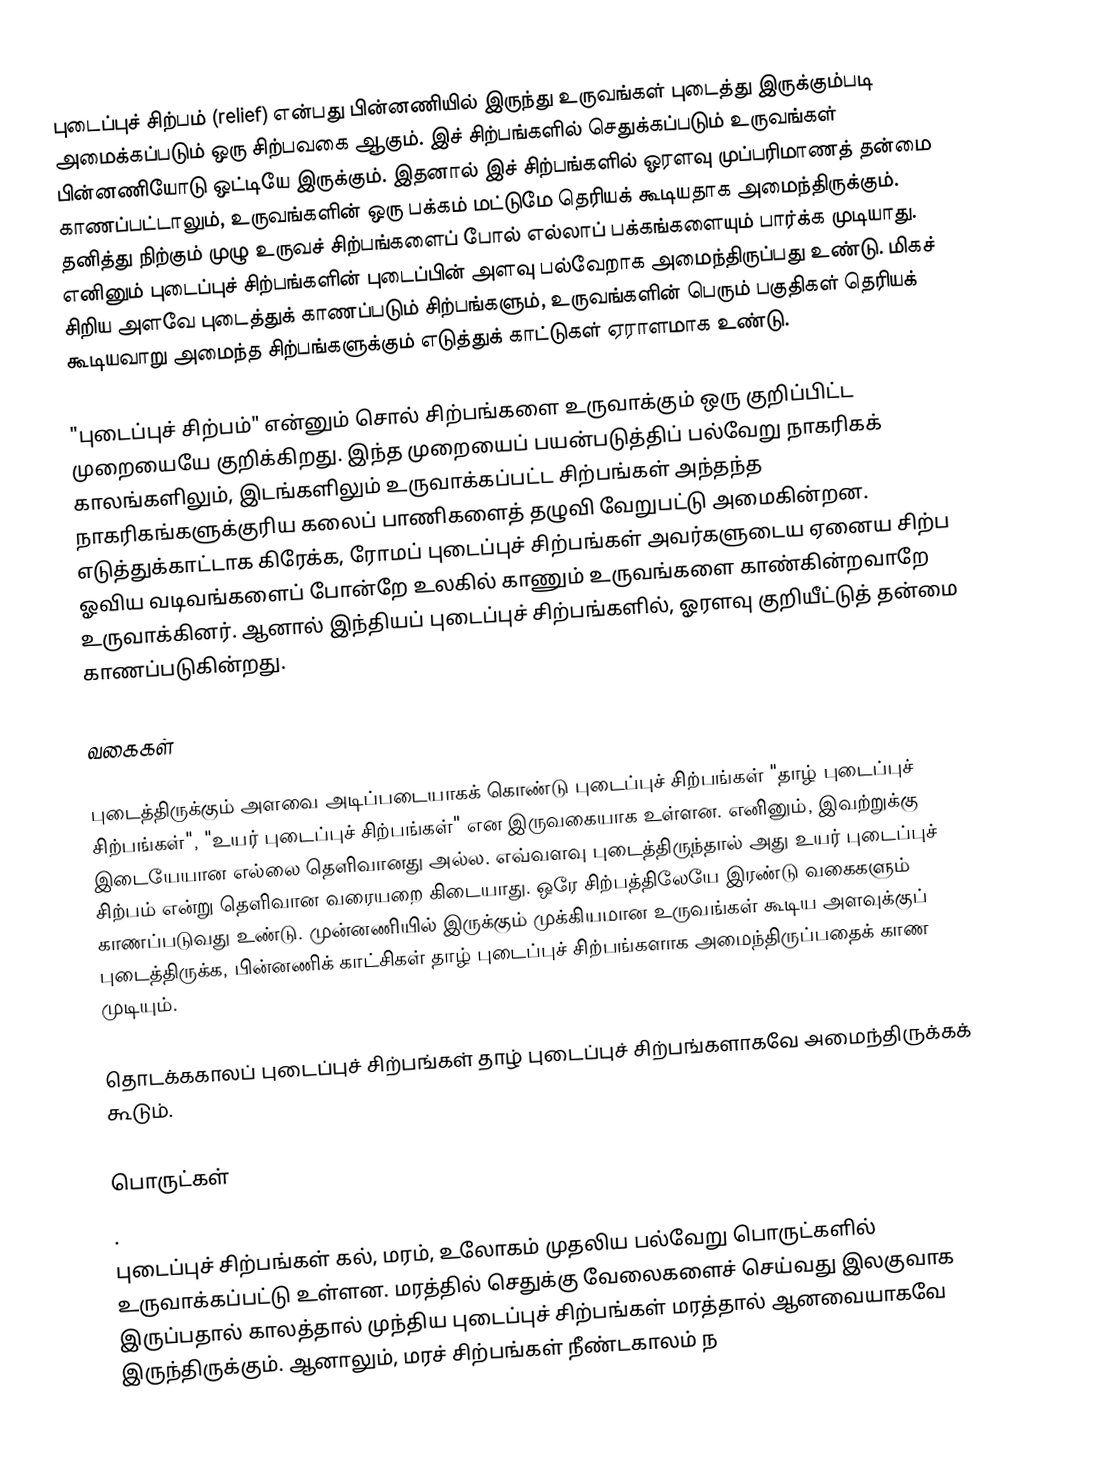
புடைப்புச் சிற்பம் (relief) என்பது பின்னணியில் இருந்து உருவங்கள் புடைத்து இருக்கும்படி அமைக்கப்படும் ஒரு சிற்பவகை ஆகும். இச் சிற்பங்களில் செதுக்கப்படும் உருவங்கள் பின்னணியோடு ஒட்டியே இருக்கும். இதனால் இச் சிற்பங்களில் ஓரளவு முப்பரிமாணத் தன்மை காணப்பட்டாலும், உருவங்களின் ஒரு பக்கம் மட்டுமே தெரியக் கூடியதாக அமைந்திருக்கும். தனித்து நிற்கும் முழு உருவச் சிற்பங்களைப் போல் எல்லாப் பக்கங்களையும் பார்க்க முடியாது. எனினும் புடைப்புச் சிற்பங்களின் புடைப்பின் அளவு பல்வேறாக அமைந்திருப்பது உண்டு. மிகச் சிறிய அளவே புடைத்துக் காணப்படும் சிற்பங்களும், உருவங்களின் பெரும் பகுதிகள் தெரியக் கூடியவாறு அமைந்த சிற்பங்களுக்கும் எடுத்துக் காட்டுகள் ஏராளமாக உண்டு.

"புடைப்புச் சிற்பம்" என்னும் சொல் சிற்பங்களை உருவாக்கும் ஒரு குறிப்பிட்ட முறையையே குறிக்கிறது. இந்த முறையைப் பயன்படுத்திப் பல்வேறு நாகரிகக் காலங்களிலும், இடங்களிலும் உருவாக்கப்பட்ட சிற்பங்கள் அந்தந்த நாகரிகங்களுக்குரிய கலைப் பாணிகளைத் தழுவி வேறுபட்டு அமைகின்றன. எடுத்துக்காட்டாக கிரேக்க, ரோமப் புடைப்புச் சிற்பங்கள் அவர்களுடைய ஏனைய சிற்ப ஓவிய வடிவங்களைப் போன்றே உலகில் காணும் உருவங்களை காண்கின்றவாறே உருவாக்கினர். ஆனால் இந்தியப் புடைப்புச் சிற்பங்களில், ஓரளவு குறியீட்டுத் தன்மை காணப்படுகின்றது.

வகைகள்

புடைத்திருக்கும் அளவை அடிப்படையாகக் கொண்டு புடைப்புச் சிற்பங்கள் "தாழ் புடைப்புச் சிற்பங்கள்", "உயர் புடைப்புச் சிற்பங்கள்" என இருவகையாக உள்ளன. எனினும், இவற்றுக்கு இடையேயான எல்லை தெளிவானது அல்ல. எவ்வளவு புடைத்திருந்தால் அது உயர் புடைப்புச் சிற்பம் என்று தெளிவான வரையறை கிடையாது. ஒரே சிற்பத்திலேயே இரண்டு வகைகளும் காணப்படுவது உண்டு. முன்னணியில் இருக்கும் முக்கியமான உருவங்கள் கூடிய அளவுக்குப் புடைத்திருக்க, பின்னணிக் காட்சிகள் தாழ் புடைப்புச் சிற்பங்களாக அமைந்திருப்பதைக் காண முடியும்.

தொடக்ககாலப் புடைப்புச் சிற்பங்கள் தாழ் புடைப்புச் சிற்பங்களாகவே அமைந்திருக்கக் கூடும்.

பொருட்கள்
.
புடைப்புச் சிற்பங்கள் கல், மரம், உலோகம் முதலிய பல்வேறு பொருட்களில் உருவாக்கப்பட்டு உள்ளன. மரத்தில் செதுக்கு வேலைகளைச் செய்வது இலகுவாக இருப்பதால் காலத்தால் முந்திய புடைப்புச் சிற்பங்கள் மரத்தால் ஆனவையாகவே இருந்திருக்கும். ஆனாலும், மரச் சிற்பங்கள் நீண்டகாலம் ந